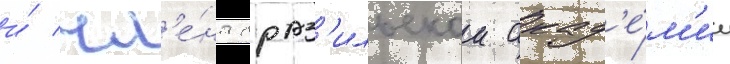
и́ чл'е́на браз'ильскои акад'е́м'ии